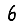
Digit: 6